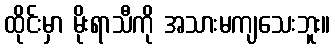
ထိုင်းမှာ မိုးရာသီကို အသားမကျသေးဘူး။